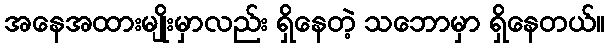
အနေအထားမျိုးမှာလည်း ရှိနေတဲ့ သဘောမှာ ရှိနေတယ်။